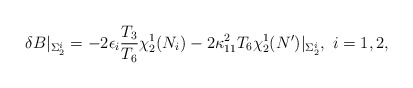
\begin{align*}\delta B\vert_{\Sigma_2^i}=-2\epsilon_i{T_3\over T_6}\chi^1_2(N_i)-2\kappa_{11}^2T_6\chi^1_2(N')\vert_{\Sigma_2^i},\ i=1,2,\end{align*}